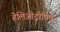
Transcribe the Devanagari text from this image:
हेलिओट्रोपिक